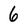
Character: 6